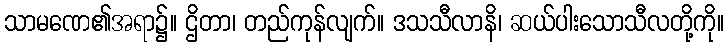
သာမဏေ၏အရာ၌။ ဌိတာ၊ တည်ကုန်လျက်။ ဒသသီလာနိ၊ ဆယ်ပါးသောသီလတို့ကို။